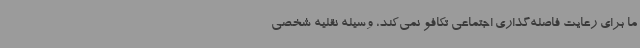
ما برای رعایت فاصله‌گذاری اجتماعی تکافو نمی‌کند، وسیله نقلیه شخصی